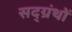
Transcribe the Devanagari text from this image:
सद्ग्रंथों